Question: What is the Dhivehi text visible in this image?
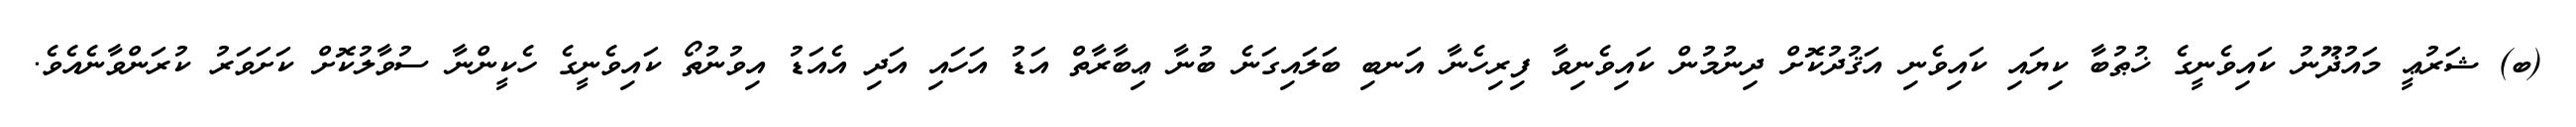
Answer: (ބ) ޝަރުޢީ މައުޛޫނު ކައިވެނީގެ ޚުޠުބާ ކިޔައި ކައިވެނި އަޤުދުކޮށް ދިނުމުން ކައިވެނިވާ ފިރިހެނާ އަނބި ބަލައިގަނެ ބުނާ ޢިބާރާތް އަޑު އަހައި އަދި އެއަޑު އިވުނުތޯ ކައިވެނީގެ ހެކީންނާ ސުވާލުކޮށް ކަށަވަރު ކުރަންވާނެއެވެ.